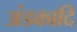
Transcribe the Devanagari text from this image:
अंडकादि